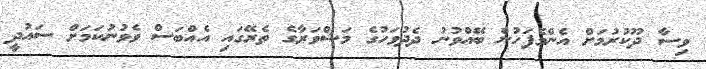
ވިސާ ދޫކުރުމަށް އެންމެފަހުން ބޭއްވުނު ދެދުވަހުގެ މަޝްވަރާގެ ތެރޭގައި އެއްބަސް ވެވުނުކަމަށް ސައުދީ